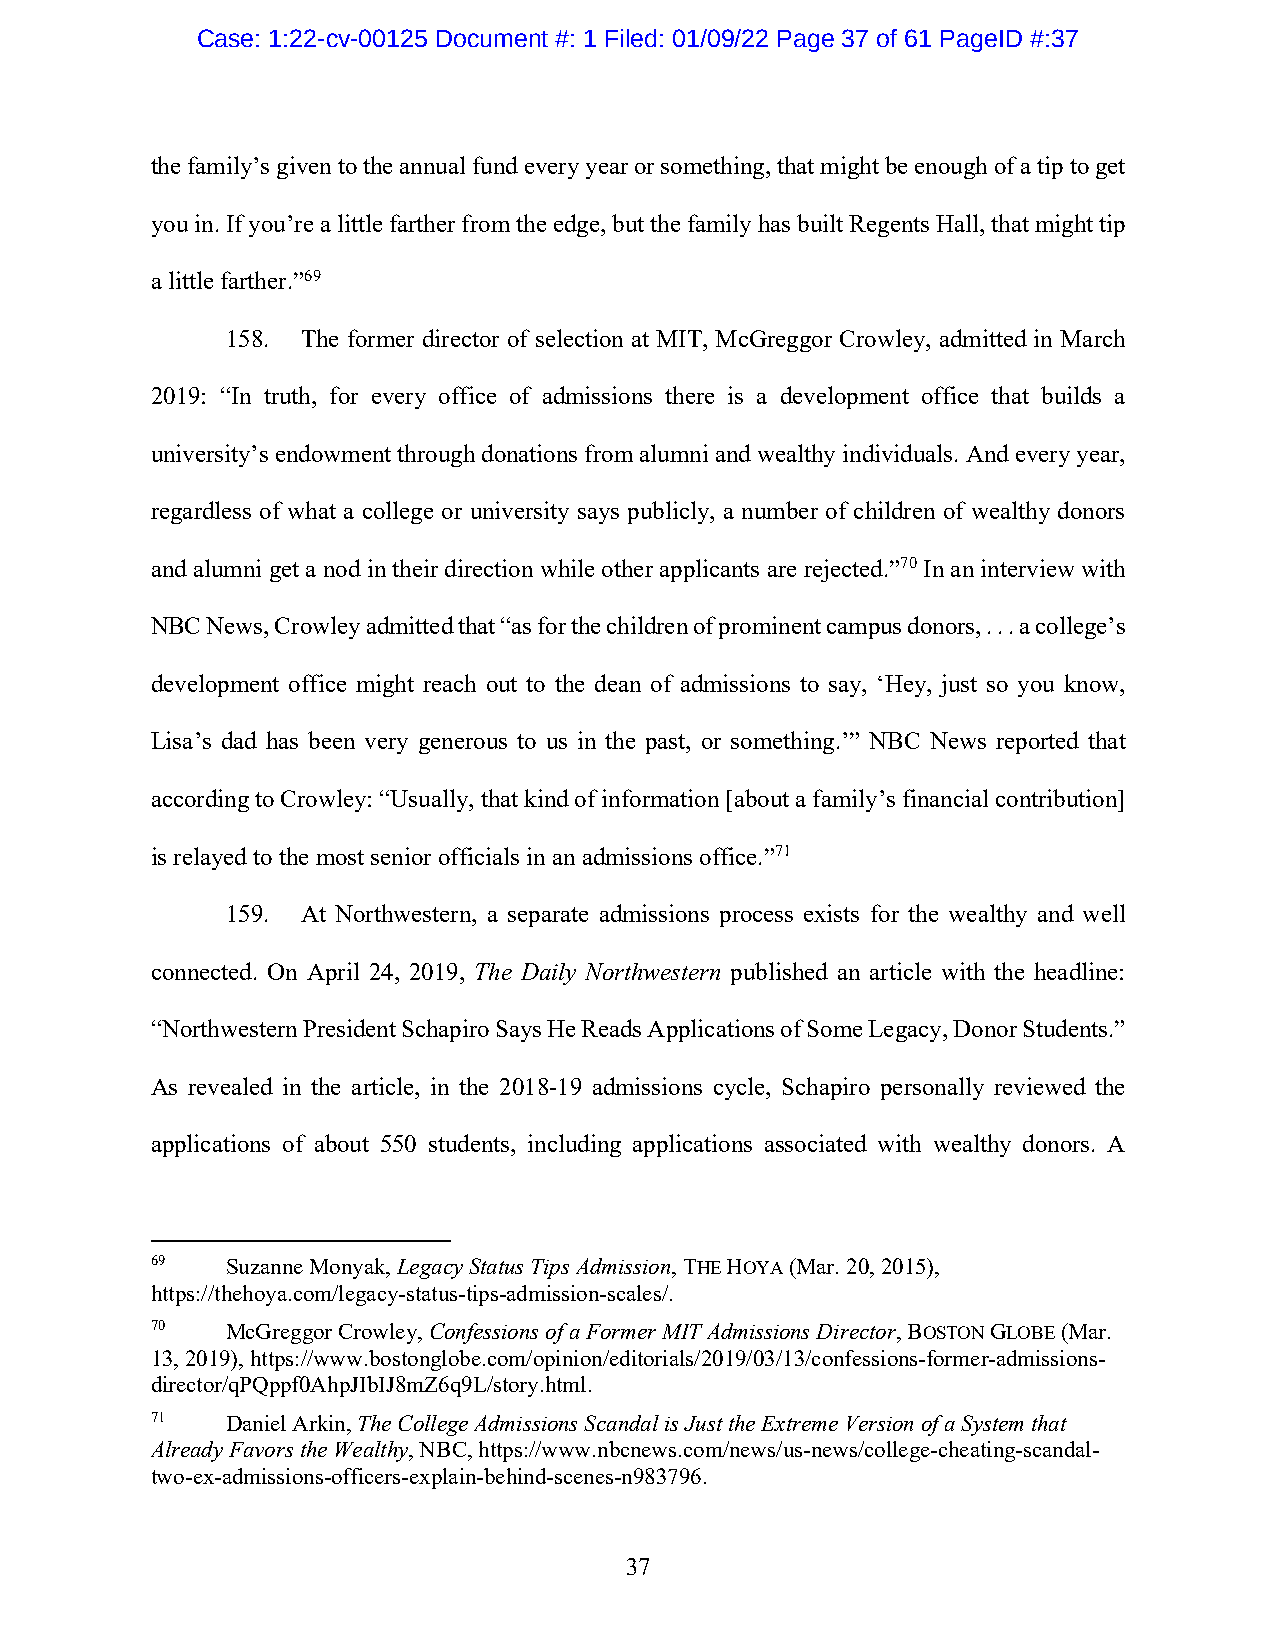
Case: 1:22-cv-00125 Document #: 1 Filed: 01/09/22 Page 37 of 61 PageID #:37
 the family’s given to the annual fund every year or something, that might be enough of a tip to get
 you in. If you’re a little farther from the edge, but the family has built Regents Hall, that might tip
 a little farther.”69
 158. The former director of selection at MIT, McGreggor Crowley, admitted in March
 2019: “In truth, for every office of admissions there is a development office that builds a
 university’s endowment through donations from alumni and wealthy individuals. And every year,
 regardless of what a college or university says publicly, a number of children of wealthy donors
 and alumni get a nod in their direction while other applicants are rejected.”70 In an interview with
 NBC News, Crowley admitted that “as for the children of prominent campus donors, . . . a college’s
 development office might reach out to the dean of admissions to say, ‘Hey, just so you know,
 Lisa’s dad has been very generous to us in the past, or something.’” NBC News reported that
 according to Crowley: “Usually, that kind of information [about a family’s financial contribution]
 is relayed to the most senior officials in an admissions office.”71
 159. At Northwestern, a separate admissions process exists for the wealthy and well
 connected. On April 24, 2019, The Daily Northwestern published an article with the headline:
 “Northwestern President Schapiro Says He Reads Applications of Some Legacy, Donor Students.”
 As revealed in the article, in the 2018-19 admissions cycle, Schapiro personally reviewed the
 applications of about 550 students, including applications associated with wealthy donors. A
 69   Suzanne Monyak, Legacy Status Tips Admission, THE HOYA (Mar. 20, 2015),
 https://thehoya.com/legacy-status-tips-admission-scales/.
 70   McGreggor Crowley, Confessions of a Former MIT Admissions Director, BOSTON GLOBE (Mar.
 13, 2019), https://www.bostonglobe.com/opinion/editorials/2019/03/13/confessions-former-admissions-
 director/qPQppf0AhpJIbIJ8mZ6q9L/story.html.
 71   Daniel Arkin, The College Admissions Scandal is Just the Extreme Version of a System that
 Already Favors the Wealthy, NBC, https://www.nbcnews.com/news/us-news/college-cheating-scandal-
 two-ex-admissions-officers-explain-behind-scenes-n983796.
 37